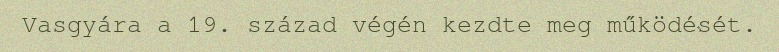
Vasgyára a 19. század végén kezdte meg működését.